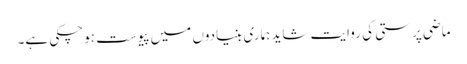
ماضی پرستی کی روایت شاید ہماری بنیادوں میں پیوست ہوچکی ہے۔